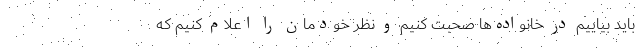
باید بیاییم در خانواده‌ها صحبت کنیم و نظر خودمان را اعلام کنیم که